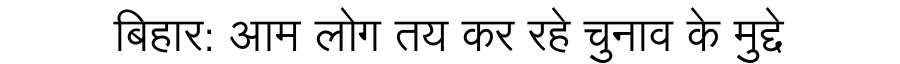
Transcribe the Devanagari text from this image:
बिहार: आम लोग तय कर रहे चुनाव के मुद्दे